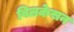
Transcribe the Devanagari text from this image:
विलकेसन